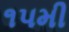
૧પમી